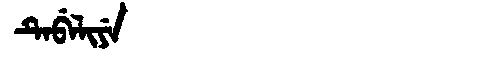
Manchu: ᡨᡝᠪᡝᠯᡳᠶᡝ
Romanization: TEBELIYE